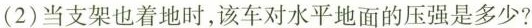
(2)当支架也着地时，该车对水平地面的压强是多少?